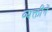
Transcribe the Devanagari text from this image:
व्यक्तींनें